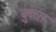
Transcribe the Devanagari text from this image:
बुल्‍स